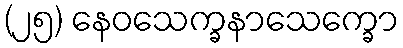
(၂၅) နေဝသေက္ခနာသေက္ခော